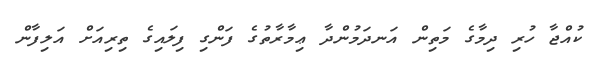
ކުއްޖާ ހުރި ދިމާގެ މަތިން އަނދަމުންދާ ޢިމާރާތުގެ ފަންގި ފިލައިގެ ތިރިއަށް އަލިފާން